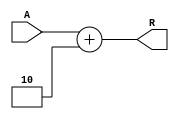
module Add_2(
    input [15:0] A,
    output reg [15:0] R
    );
    
always @(*) begin
	R = A + 4'h2;
end
endmodule